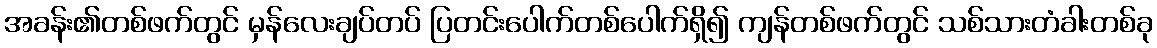
အခန်း၏တစ်ဖက်တွင် မှန်လေးချပ်တပ် ပြတင်းပေါက်တစ်ပေါက်ရှိ၍ ကျန်တစ်ဖက်တွင် သစ်သားတံခါးတစ်ခု